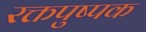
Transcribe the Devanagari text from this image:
रक्तपुष्पक